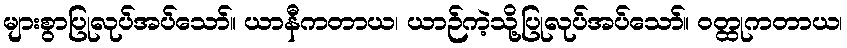
များစွာပြုလုပ်အပ်သော်။ ယာနီကတာယ၊ ယာဉ်ကဲ့သို့ပြုလုပ်အပ်သော်။ ဝတ္ထုကတာယ၊